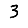
Digit: 3